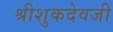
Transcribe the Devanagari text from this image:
श्रीशुकदेवजी